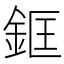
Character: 𨦑